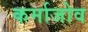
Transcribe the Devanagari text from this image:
कर्माजोव